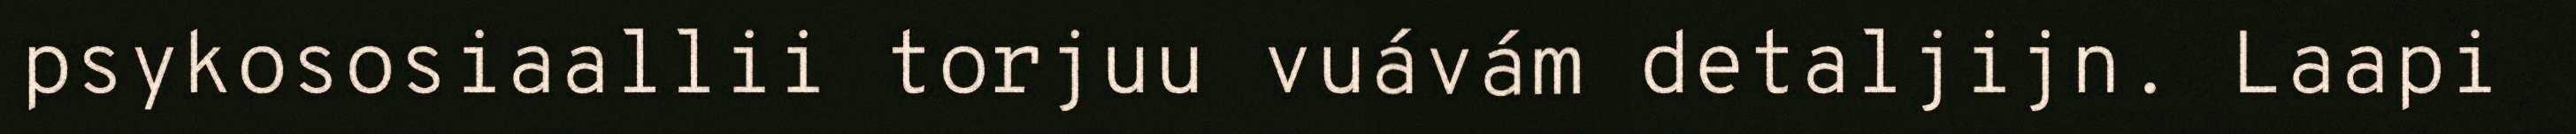
psykososiaallii torjuu vuávám detaljijn. Laapi